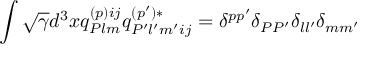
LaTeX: \int \sqrt { \gamma } d ^ { 3 } x q _ { { \cal P } l m } ^ { ( p ) i j } q _ { { \cal P } ^ { \prime } l ^ { \prime } m ^ { \prime } i j } ^ { ( p ^ { \prime } ) * } = \delta ^ { p p ^ { \prime } } \delta _ { { \cal P } { \cal P } ^ { \prime } } \delta _ { l l ^ { \prime } } \delta _ { m m ^ { \prime } }